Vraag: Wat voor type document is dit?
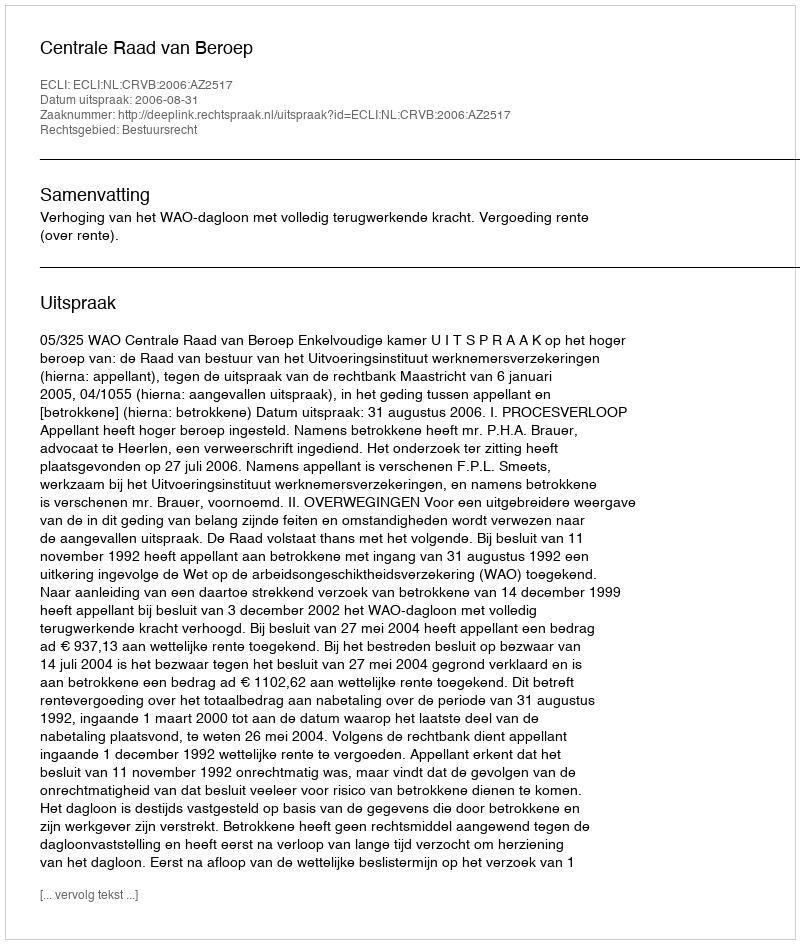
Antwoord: Uitspraak